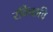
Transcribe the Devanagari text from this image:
रविच्छवि